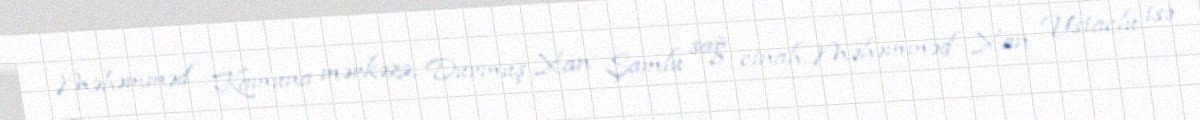
Məhəmməd Kamuna mərkəzə, Durmuş Xan Şamlu sağ cinah, Məhəmməd Xan Ustaclu isə